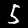
Digit: 5